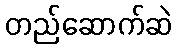
တည်ဆောက်ဆဲ